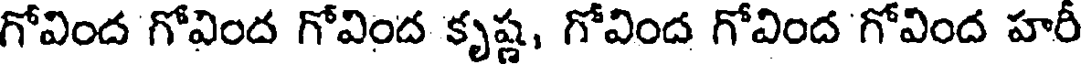
గోవింద గోవింద గోవింద కృష్ణ, గోవింద గోవింద గోవింద హరీ